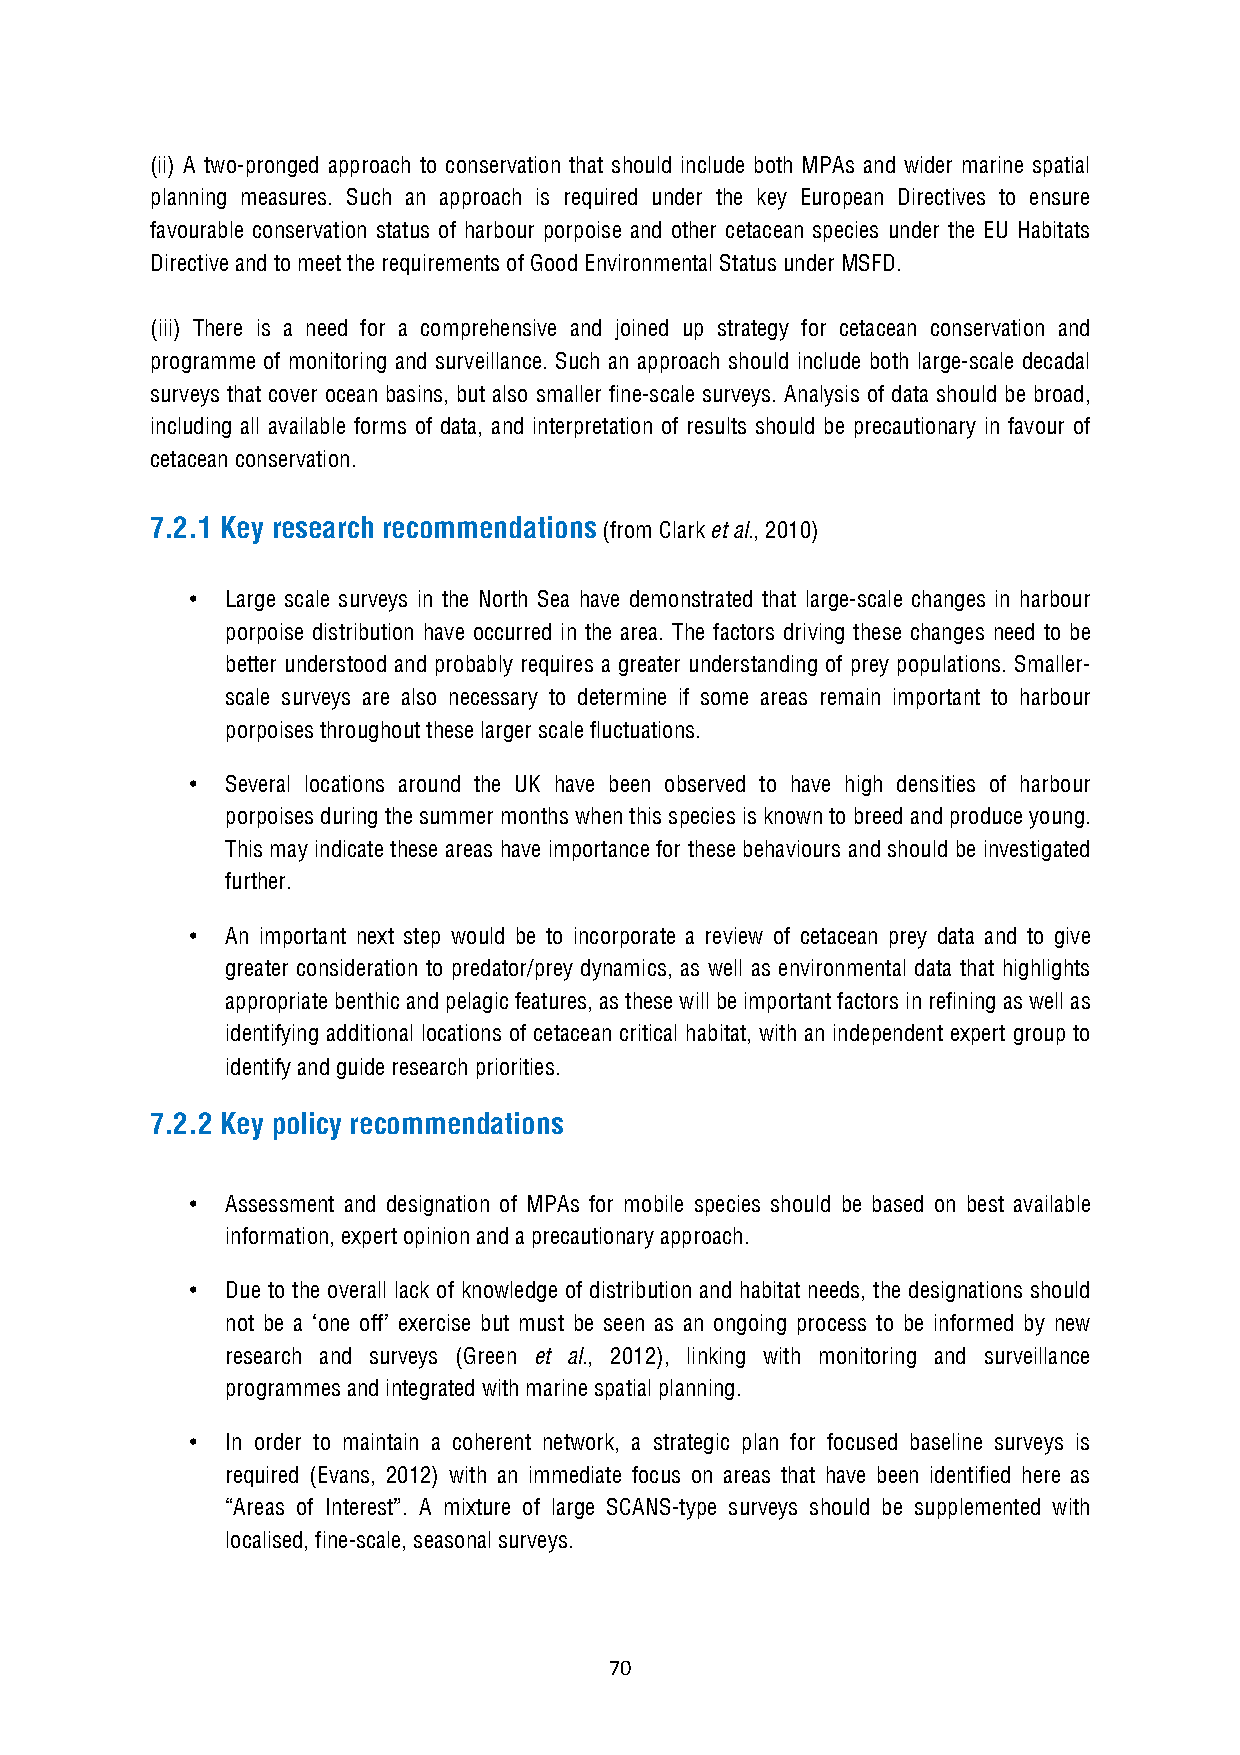
(ii) A two-pronged approach to conservation that should include both MPAs and wider marine spatial
 planning measures. Such an approach is required under the key European Directives to ensure
 favourable conservation status of harbour porpoise and other cetacean species under the EU Habitats
 Directive and to meet the requirements of Good Environmental Status under MSFD.
 (iii) There is a need for a comprehensive and joined up strategy for cetacean conservation and
 programme of monitoring and surveillance. Such an approach should include both large-scale decadal
 surveys that cover ocean basins, but also smaller fine-scale surveys. Analysis of data should be broad,
 including all available forms of data, and interpretation of results should be precautionary in favour of
 cetacean conservation.
 7.2.1 Key research recommendations (from Clark et al., 2010)
 •  Large scale surveys in the North Sea have demonstrated that large-scale changes in harbour
 porpoise distribution have occurred in the area. The factors driving these changes need to be
 better understood and probably requires a greater understanding of prey populations. Smaller-
 scale surveys are also necessary to determine if some areas remain important to harbour
 porpoises throughout these larger scale fluctuations.
 •  Several locations around the UK have been observed to have high densities of harbour
 porpoises during the summer months when this species is known to breed and produce young.
 This may indicate these areas have importance for these behaviours and should be investigated
 further.
 •  An important next step would be to incorporate a review of cetacean prey data and to give
 greater consideration to predator/prey dynamics, as well as environmental data that highlights
 appropriate benthic and pelagic features, as these will be important factors in refining as well as
 identifying additional locations of cetacean critical habitat, with an independent expert group to
 identify and guide research priorities.
 7.2.2 Key policy recommendations
 •  Assessment and designation of MPAs for mobile species should be based on best available
 information, expert opinion and a precautionary approach.
 •  Due to the overall lack of knowledge of distribution and habitat needs, the designations should
 not be a ‘one off’ exercise but must be seen as an ongoing process to be informed by new
 research and surveys (Green et al., 2012), linking with monitoring and surveillance
 programmes and integrated with marine spatial planning.
 •  In order to maintain a coherent network, a strategic plan for focused baseline surveys is
 required (Evans, 2012) with an immediate focus on areas that have been identified here as
 “Areas of Interest”. A mixture of large SCANS-type surveys should be supplemented with
 localised, fine-scale, seasonal surveys.
 70